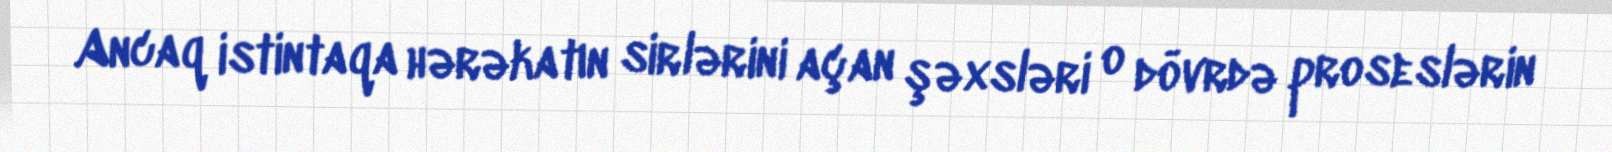
Ancaq istintaqa hərəkatın sirlərini açan şəxsləri o dövrdə proseslərin